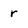
Character: r